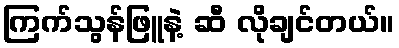
ကြက်သွန်ဖြူနဲ့ ဆီ လိုချင်တယ်။